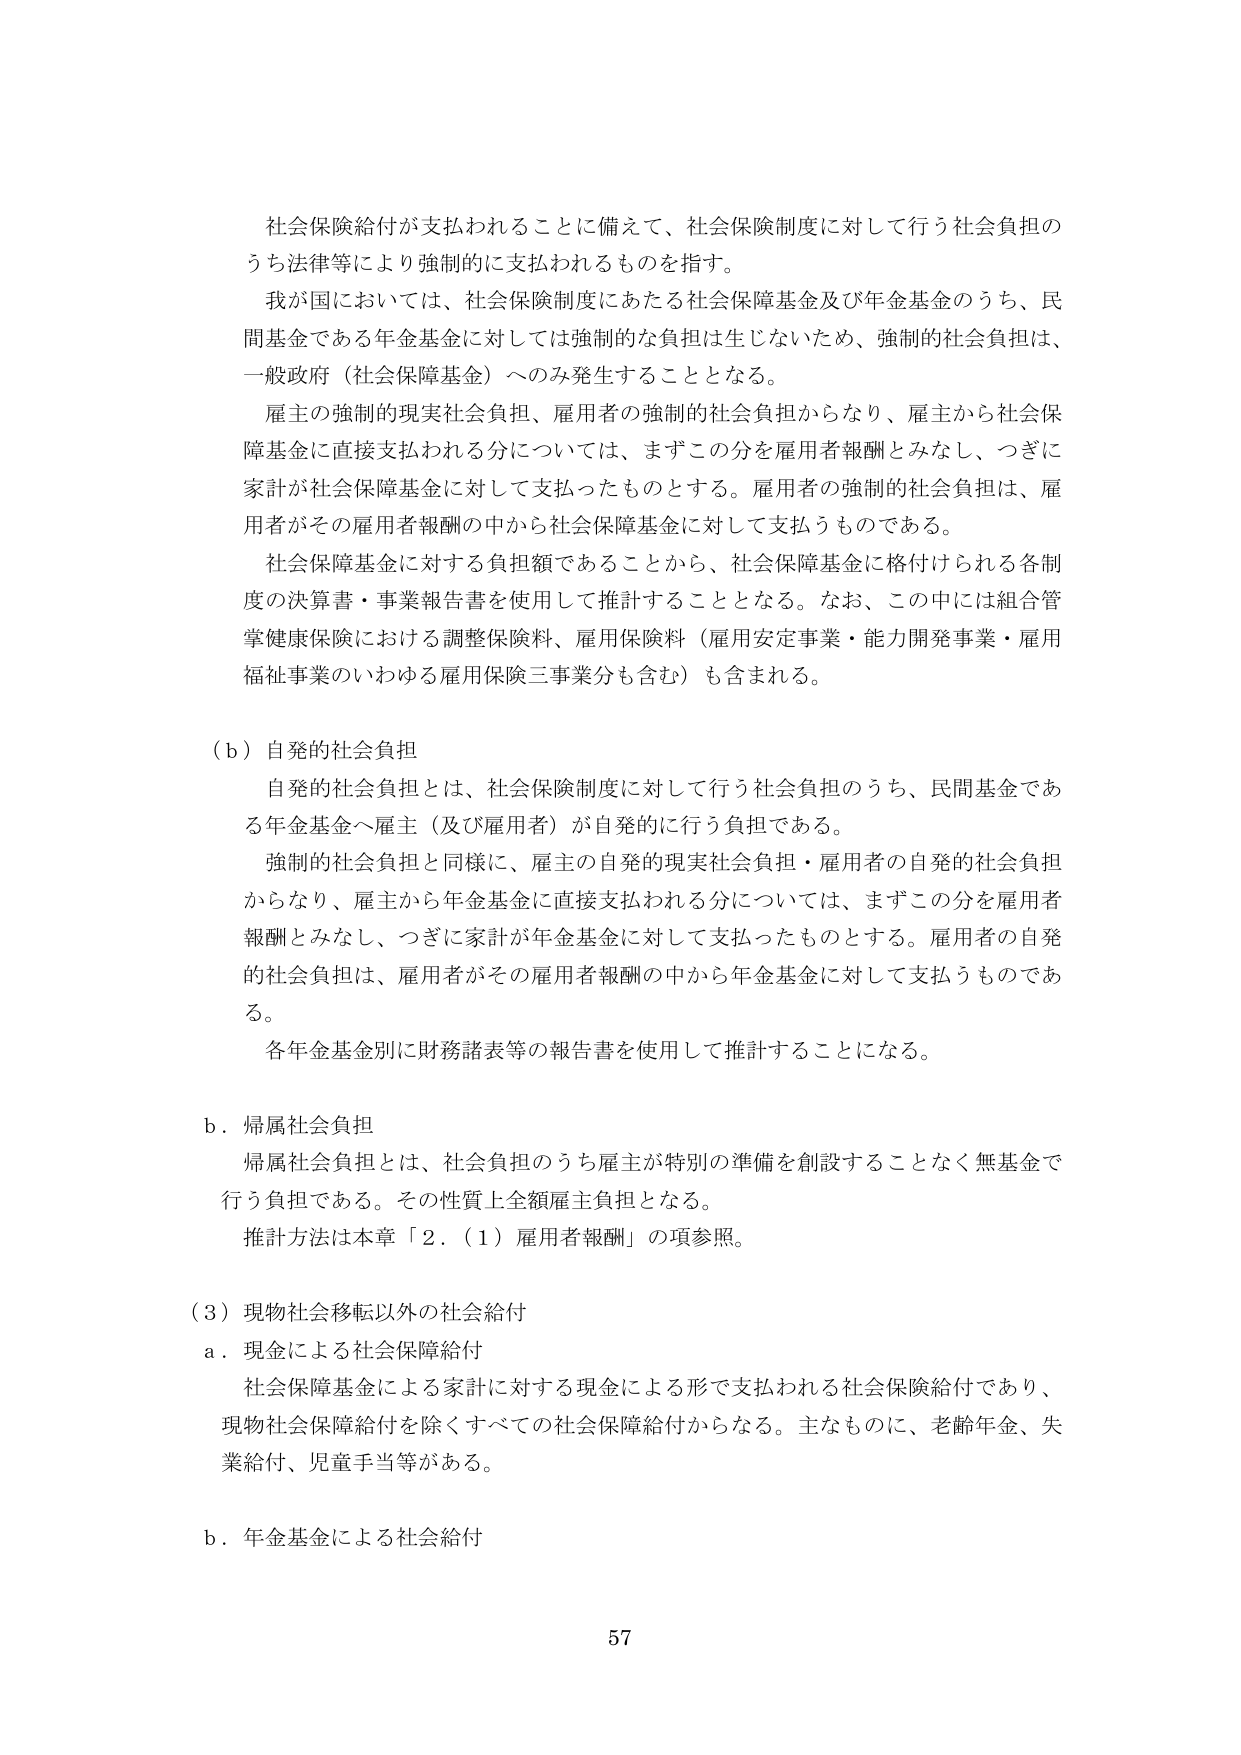
社会保障給付が支払われることに備えて、社会保障制度に対して行う社会負担のうち法律等により強制的に支払われるものを指す。

我が国においては、社会保障制度にあたる社会保障基金及び年金基金のうち、民間基金である年金基金に対しては強制的な負担は生じないため、強制的社会負担は、一般政府（社会保障基金）へのみ発生することとなる。

雇主の強制的現実社会負担、雇用者の強制的社会負担からなり、雇主から社会保障基金に直接支払われる分については、まずこの分を雇用者報酬とみなし、つぎに家計が社会保障基金に対して支払ったものとする。雇用者の強制的社会負担は、雇用者がその雇用者報酬の中から社会保障基金に対して支払うものである。

社会保障基金に対する負担額であることから、社会保障基金に格付けられる各制度の決算書・事業報告書を使用して推計することとなる。なお、この中には組合管掌健康保険における調整保険料、雇用保険料（雇用安定事業・能力開発事業・雇用福祉事業のいわゆる雇用保険三事業分も含む）も含まれる。

（ｂ）自発的社会負担

自発的社会負担とは、社会保障制度に対して行う社会負担のうち、民間基金である年金基金へ雇主（及び雇用者）が自発的に行う負担である。

強制的社会負担と同様に、雇主の自発的現実社会負担・雇用者の自発的社会負担からなり、雇主から年金基金に直接支払われる分については、まずこの分を雇用者報酬とみなし、つぎに家計が年金基金に対して支払ったものとする。雇用者の自発的社会負担は、雇用者がその雇用者報酬の中から年金基金に対して支払うものである。

各年金基金別に財務諸表等の報告書を使用して推計することになる。

ｂ．帰属社会負担

帰属社会負担とは、社会負担のうち雇主が特別の準備を創設することなく無基金で行う負担である。その性質上全額雇主負担となる。

推計方法は本章「２．（１）雇用者報酬」の項参照。

（３）現物社会移転以外の社会給付

ａ．現金による社会保障給付

社会保障基金による家計に対する現金による形で支払われる社会保険給付であり、現物社会保障給付を除くすべての社会保障給付からなる。主なものに、老齢年金、失業給付、児童手当等がある。

ｂ．年金基金による社会給付

57